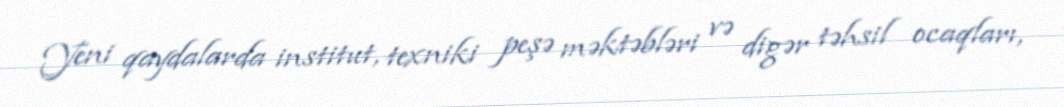
Yeni qaydalarda institut, texniki peşə məktəbləri və digər təhsil ocaqları,